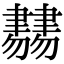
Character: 𦘨